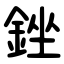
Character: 銼